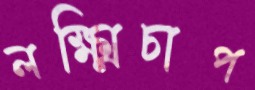
লক্ষ্মিচাপ